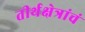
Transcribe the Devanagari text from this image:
तीर्थक्षेत्रांचं